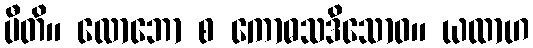
ပီတိ။ လောဘော စ ကောဓသဒိသောဝ။ ယထာဟ